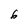
Character: 6